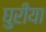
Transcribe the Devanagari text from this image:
घुरीया